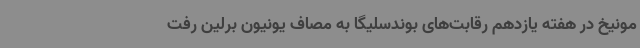
مونیخ در هفته یازدهم رقابت‌های بوندسلیگا به مصاف یونیون برلین رفت